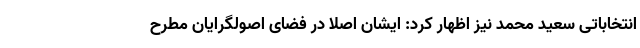
انتخاباتی سعید محمد نیز اظهار کرد: ایشان اصلا در فضای اصولگرایان مطرح